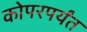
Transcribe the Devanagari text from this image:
कोपरपर्यंत